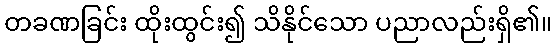
တခဏခြင်း ထိုးထွင်း၍ သိနိုင်သော ပညာလည်းရှိ၏။